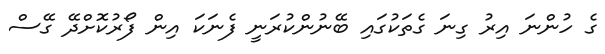
ގެ ހުންނަ އިރު ގިނަ ގެތަކުގައި ބޭނުންކުރަނީ ފެނަކަ އިން ފޯރުކޮށްދޭ ގޭސް